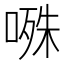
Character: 𭉝